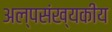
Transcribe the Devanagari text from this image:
अल्पसंख्यकीय